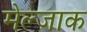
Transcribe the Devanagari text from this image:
मेल्जाक